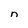
Character: n